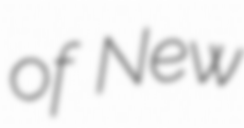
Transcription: of New